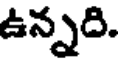
ఉన్నది.